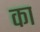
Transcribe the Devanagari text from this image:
का